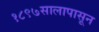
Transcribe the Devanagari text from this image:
१८९७सालापासून